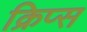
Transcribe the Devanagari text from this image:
क्रिप्‍स